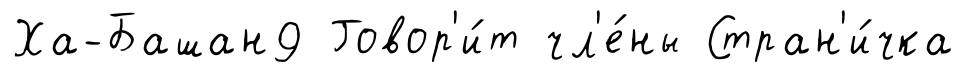
Ха-Башан9 Говор'и́т чл'е́ны Стран'и́чка